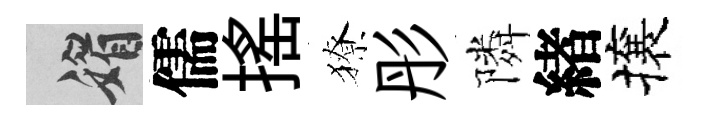
媚儒揺獠彤隣緖攘